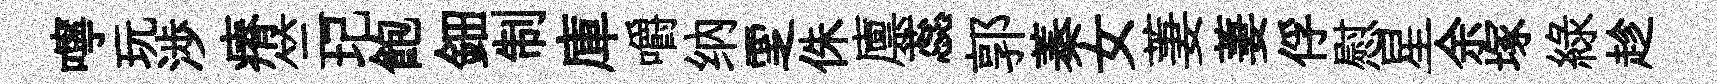
嚀玩渉瘠竺圮飽鈿制庫嚼纳覂侏廪蕊郭蓁女萋萋俘慰星余塚緑趁